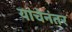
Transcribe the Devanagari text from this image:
यांचेनंतर